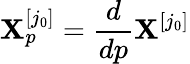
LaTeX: \mathbf{X}_{p}^{[j_{0}]}=\frac{d}{dp}\mathbf{X}^{[j_{0}]}